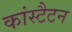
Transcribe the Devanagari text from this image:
कांस्टैटन